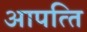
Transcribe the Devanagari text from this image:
आपत्‍ति